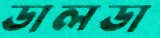
ডালডা